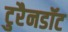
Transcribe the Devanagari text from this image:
टुरैनडॉट